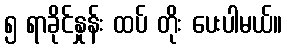
၅ ရာခိုင်နှုန်း ထပ် တိုး ပေးပါမယ်။